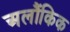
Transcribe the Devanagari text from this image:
अलौंकिक